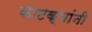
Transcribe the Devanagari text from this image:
काटक्यांनी